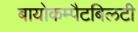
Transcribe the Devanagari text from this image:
बायोकम्पैटबिलटी